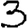
Digit: 3